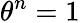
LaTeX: \theta^{n}=1